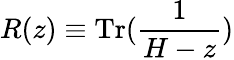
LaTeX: R(z)\equiv\textrm{Tr}(\frac{1}{H-z})